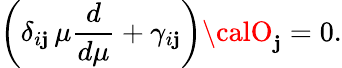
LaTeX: \left(\delta_{i\mathbf{j}}\, \mu\frac{{d}}{{d\mu}}+\gamma_{i\mathbf{j}}\right){\calO}_{\mathbf{j}}=0.